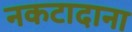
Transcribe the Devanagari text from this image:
नकटादाना